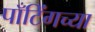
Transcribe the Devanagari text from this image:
पाँटिंगच्या